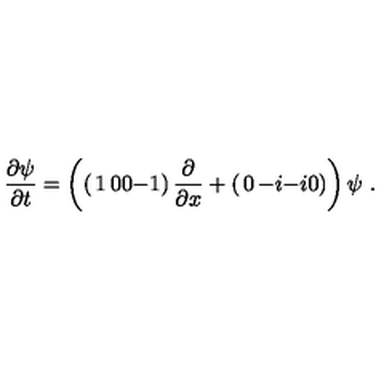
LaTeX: \frac { \partial \psi } { \partial t } = \left( \left( \begin{matrix} { 1 } & { 0 } \\ { 0 } & { - 1 } \\ \end{matrix} \right) \frac { \partial } { \partial x } + \left( \begin{matrix} { 0 } & { - i } \\ { - i } & { 0 } \\ \end{matrix} \right) \right) \psi \ .